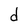
Character: d